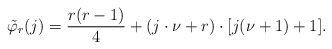
\begin{align*}\tilde{\varphi}_r(j)= \frac{r(r-1)}{4}+(j\cdot\nu+r)\cdot[j(\nu+1)+1].\end{align*}